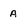
Character: A